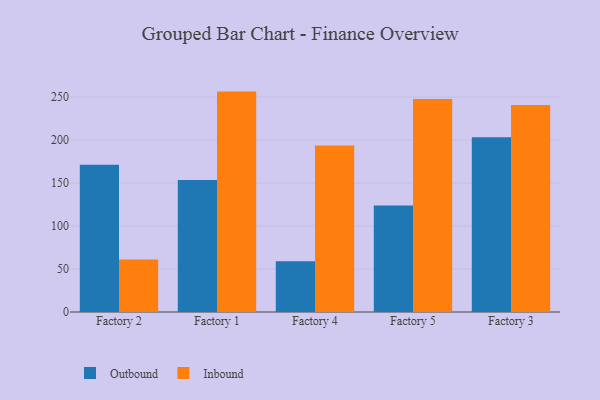
{"axis": {"x": "Factory", "y": "Budget (USD K)"}, "legend": ["Inbound", "Outbound"], "data": [{"x": "Factory 2", "y": 171.1, "type": "Outbound"}, {"x": "Factory 2", "y": 61.0, "type": "Inbound"}, {"x": "Factory 1", "y": 153.6, "type": "Outbound"}, {"x": "Factory 1", "y": 256.3, "type": "Inbound"}, {"x": "Factory 4", "y": 59.1, "type": "Outbound"}, {"x": "Factory 4", "y": 193.7, "type": "Inbound"}, {"x": "Factory 5", "y": 123.9, "type": "Outbound"}, {"x": "Factory 5", "y": 247.6, "type": "Inbound"}, {"x": "Factory 3", "y": 203.1, "type": "Outbound"}, {"x": "Factory 3", "y": 240.8, "type": "Inbound"}]}